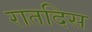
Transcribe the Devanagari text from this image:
रातदिस